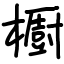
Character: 櫉